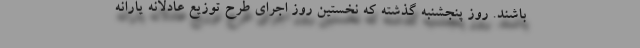
باشند. روز پنجشنبه گذشته که نخستین روز اجرای طرح توزیع عادلانه یارانه